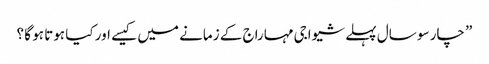
” چار سو سال پہلے شیواجی مہاراج کے زمانے میں کیسے اور کیا ہوتا ہو گا ؟